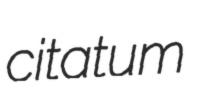
citatum